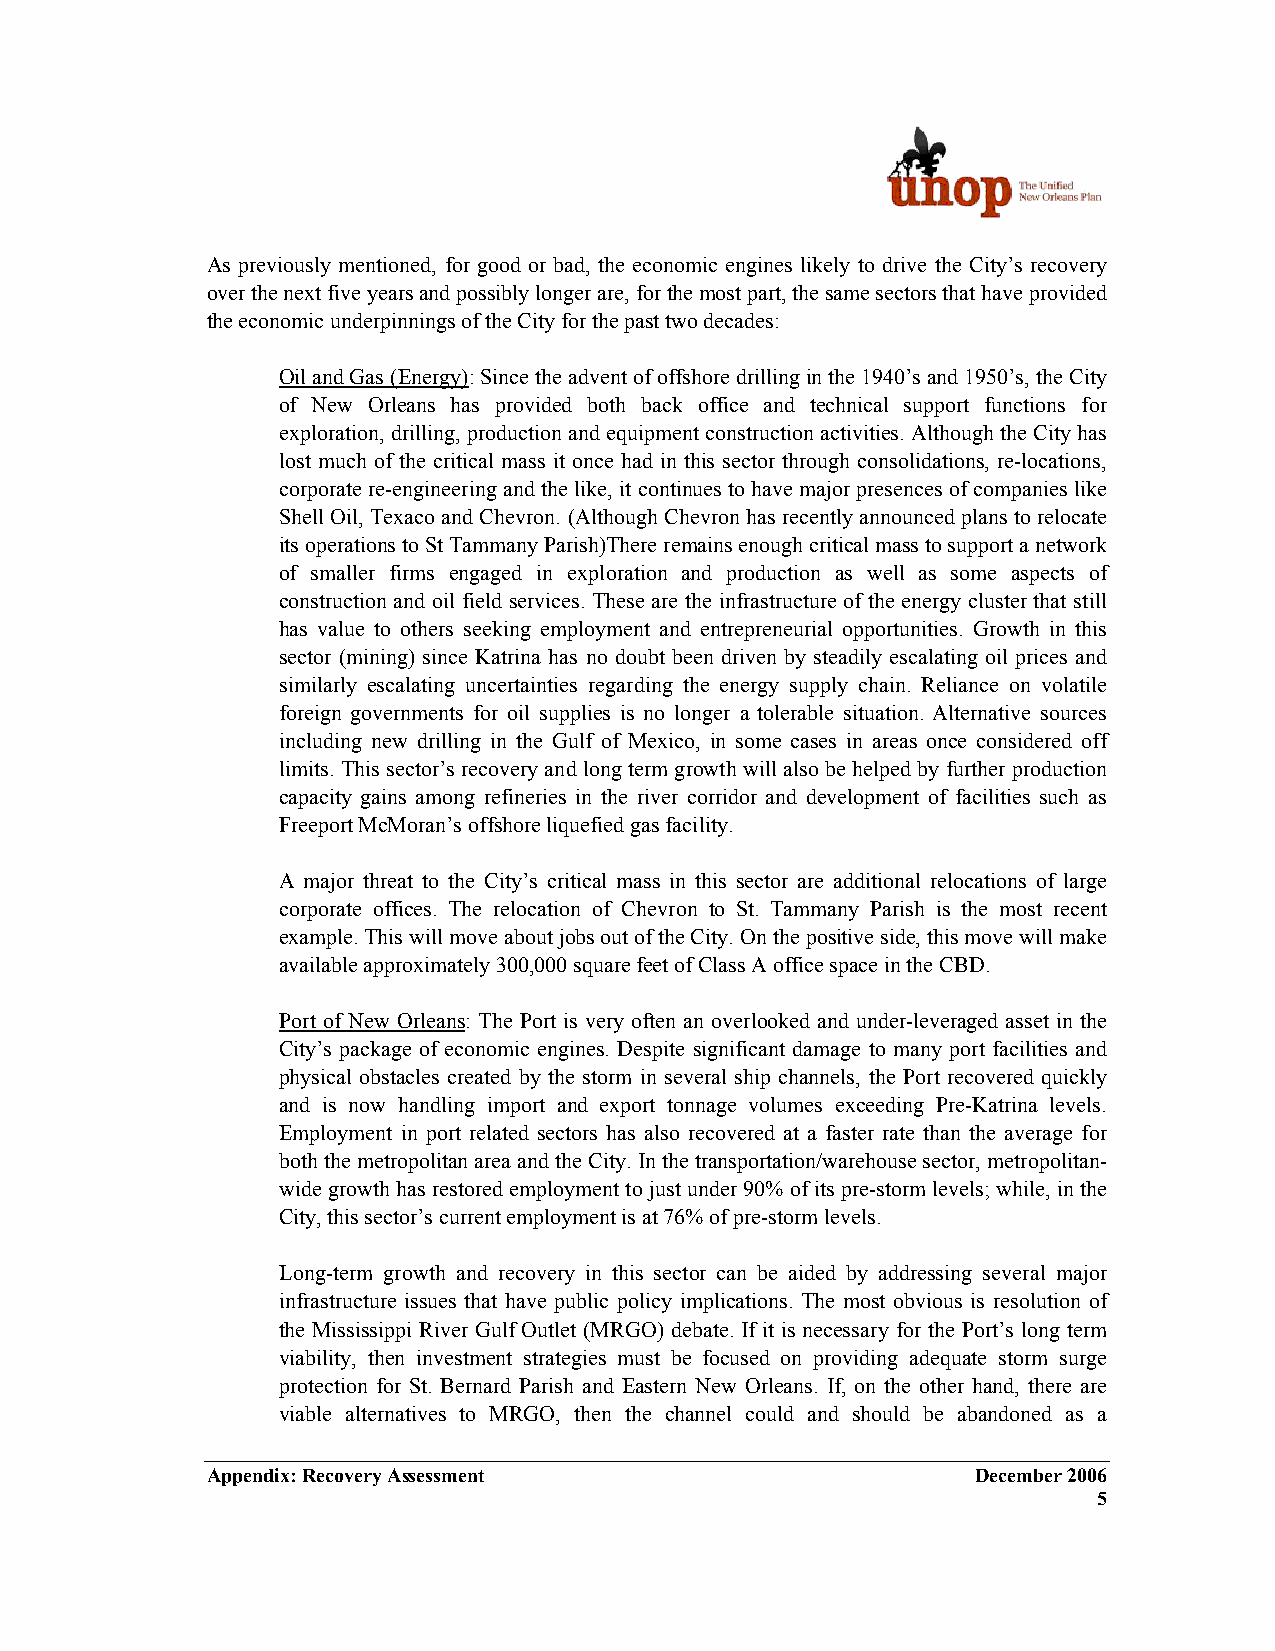
As previously mentioned, for good or bad, the economic engines likely to drive the City’s recovery
 over the next five years and possibly longer are, for the most part, the same sectors that have provided
 the economic underpinnings of the City for the past two decades:
 Oil and Gas (Energy): Since the advent of offshore drilling in the 1940’s and 1950’s, the City
 of New Orleans has provided both back office and technical support functions for
 exploration, drilling, production and equipment construction activities. Although the City has
 lost much of the critical mass it once had in this sector through consolidations, re-locations,
 corporate re-engineering and the like, it continues to have major presences of companies like
 Shell Oil, Texaco and Chevron. (Although Chevron has recently announced plans to relocate
 its operations to St Tammany Parish)There remains enough critical mass to support a network
 of smaller firms engaged in exploration and production as well as some aspects of
 construction and oil field services. These are the infrastructure of the energy cluster that still
 has value to others seeking employment and entrepreneurial opportunities. Growth in this
 sector (mining) since Katrina has no doubt been driven by steadily escalating oil prices and
 similarly escalating uncertainties regarding the energy supply chain. Reliance on volatile
 foreign governments for oil supplies is no longer a tolerable situation. Alternative sources
 including new drilling in the Gulf of Mexico, in some cases in areas once considered off
 limits. This sector’s recovery and long term growth will also be helped by further production
 capacity gains among refineries in the river corridor and development of facilities such as
 Freeport McMoran’s offshore liquefied gas facility.
 A major threat to the City’s critical mass in this sector are additional relocations of large
 corporate offices. The relocation of Chevron to St. Tammany Parish is the most recent
 example. This will move about jobs out of the City. On the positive side, this move will make
 available approximately 300,000 square feet of Class A office space in the CBD.
 Port of New Orleans: The Port is very often an overlooked and under-leveraged asset in the
 City’s package of economic engines. Despite significant damage to many port facilities and
 physical obstacles created by the storm in several ship channels, the Port recovered quickly
 and is now handling import and export tonnage volumes exceeding Pre-Katrina levels.
 Employment in port related sectors has also recovered at a faster rate than the average for
 both the metropolitan area and the City. In the transportation/warehouse sector, metropolitan-
 wide growth has restored employment to just under 90% of its pre-storm levels; while, in the
 City, this sector’s current employment is at 76% of pre-storm levels.
 Long-term growth and recovery in this sector can be aided by addressing several major
 infrastructure issues that have public policy implications. The most obvious is resolution of
 the Mississippi River Gulf Outlet (MRGO) debate. If it is necessary for the Port’s long term
 viability, then investment strategies must be focused on providing adequate storm surge
 protection for St. Bernard Parish and Eastern New Orleans. If, on the other hand, there are
 viable alternatives to MRGO, then the channel could and should be abandoned as a
 Appendix: Recovery Assessment                      December 2006
 5